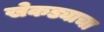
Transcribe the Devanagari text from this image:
खेकड्याचा